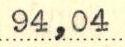
94,04